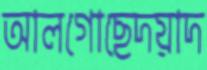
আলগোছেদয়াদ